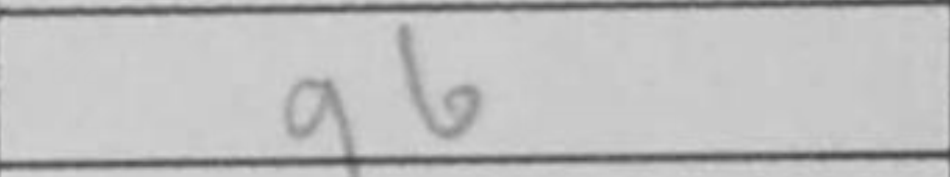
Transcription: g6